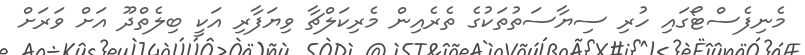
މެނިފެސްޓޯގައި ހުރި ސިޔާސަތުތަކުގެ ތެރެއިން މެރިކަލްޗާ ވިޔަފާރި އަކީ ބިލެތްދޫ އަށް ވަރަށް